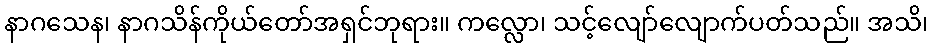
နာဂသေန၊ နာဂသိန်ကိုယ်တော်အရှင်ဘုရား။ ကလ္လော၊ သင့်လျော်လျောက်ပတ်သည်။ အသိ၊